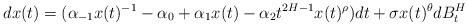
LaTeX: \begin{align*} dx(t)=(\alpha_{-1}x(t)^{-1}-\alpha_{0}+\alpha_{1}x(t)-\alpha_{2}t^{2H-1}x(t)^{\rho})dt+\sigma x(t)^{\theta}dB_t^H\end{align*}